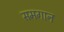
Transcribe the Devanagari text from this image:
समगान